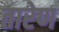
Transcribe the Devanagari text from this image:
तारेण